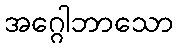
အဂ္ဂေါဘာသော